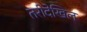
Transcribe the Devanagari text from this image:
तरीदेखिल